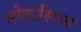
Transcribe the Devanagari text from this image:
मोटासिला